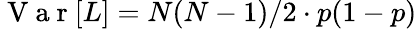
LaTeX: \mathrm{~V~a~r~}[L]=N(N-1)/2\cdot p(1-p)